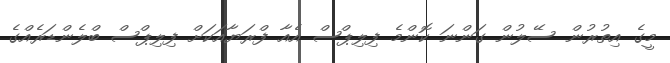
މީގެ އިތުރުން ސޭލުން ގަންނަ ކޮންމެ ފިލިޕްސް އެއާ ފްރަޔާއަކަށް ފިލިޕްސް ބްލެންޑަރެއްގެ